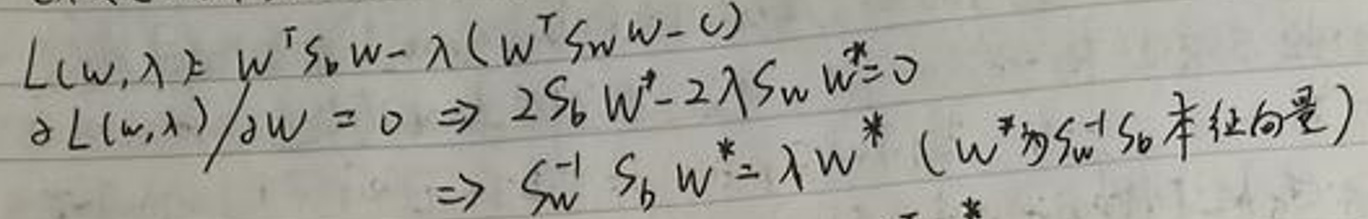
\[
\begin{align*}
L(\mathbf{w}, \lambda) &= \mathbf{w}^T S_b \mathbf{w}-\lambda(\mathbf{w}^T S_w \mathbf{w} - c)\\
\frac{\partial L(\mathbf{w}, \lambda)}{\partial \mathbf{w}} = 0 &\Rightarrow 2S_b\mathbf{w}^* - 2\lambda S_w\mathbf{w}^*=0\\
&\Rightarrow S_w^{-1}S_b\mathbf{w}^*=\lambda\mathbf{w}^* \quad (\mathbf{w}^* \text{为}S_w^{-1}S_b\text{特征向量})
\end{align*}
\]